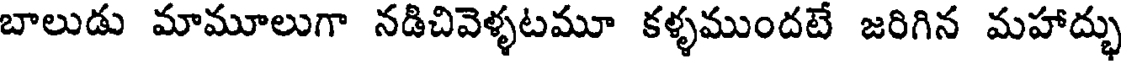
బాలుడు మామూలుగా నడిచివెళ్ళటమూ కళ్ళముందటే జరిగిన మహాద్భు